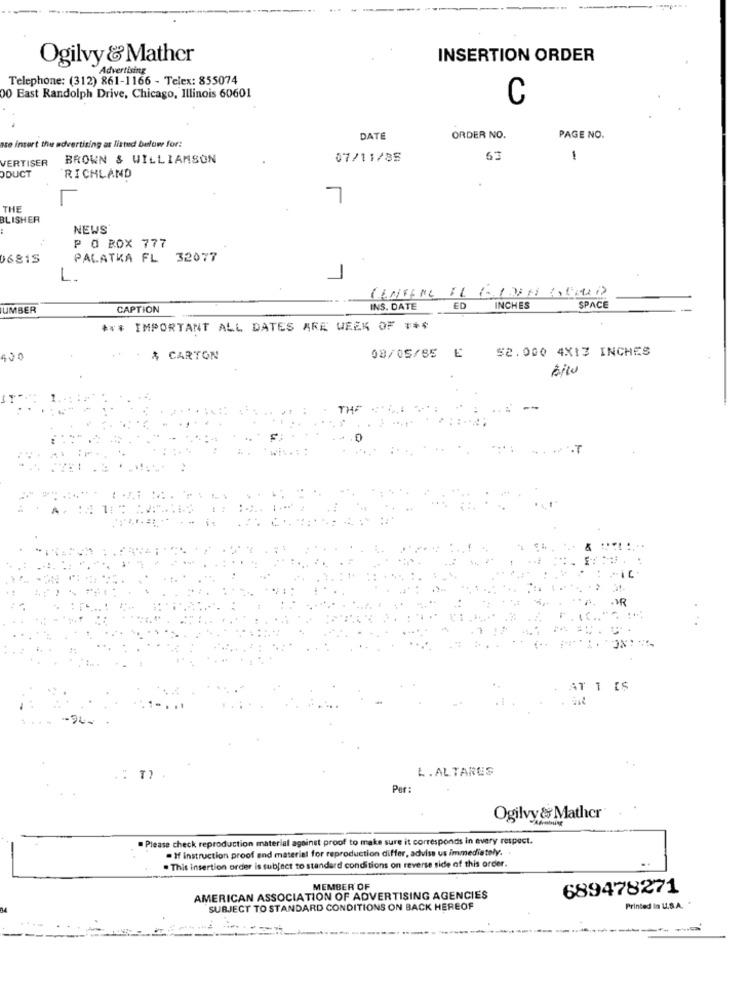
Ogilvy & Mather
INSERTION ORDER
Advertising
Telephone: (312) 861-1166 - Telex: 855074
00 East Randolph Drive, Chicago, Illinois 60601
C
DATE
ORDER NO.
PAGE NO.
ase insert the advertising as listed below for:
VERTISER
BROWN & WILLIAMSON
07/11/85
63
-
ODUCT
RICHLAND
7
THE
BLISHER
NEWS
P O BOX 777
16815
PALATKA FL 32077
CENTERE EL KOPDESA CIEDAD
UMBER
CAPTION
INS. DATE
ED
INCHES
SPACE
*** IMPORTANT ALL DATES ARE WEEK OF ***
..
$2.000 4X13 INCHES
400
$ CARTON
08/05/85 E
L. ALTARES
Per :
Ogilvy & Mather
Please check reproduction material against proof to make sure it corresponds in every respect.
. If instruction proof and material for reproduction differ, advise us immediately. .
. This insertion order is subject to standard conditions on reverse side of this order.
MEMBER OF
689478271
AMERICAN ASSOCIATION OF ADVERTISING AGENCIES
SUBJECT TO STANDARD CONDITIONS ON BACK HEREOF
Printed In U.S.A.
--- -